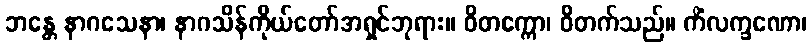
ဘန္တေ နာဂသေနာ၊ နာဂသိန်ကိုယ်တော်အရှင်ဘုရား။ ဝိတက္ကော၊ ဝိတက်သည်။ ကိံလက္ခဏော၊